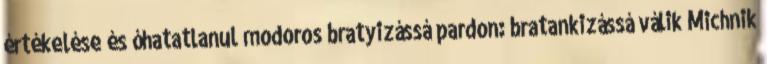
értékelése és óhatatlanul modoros bratyizássá pardon: bratankizássá válik Michnik